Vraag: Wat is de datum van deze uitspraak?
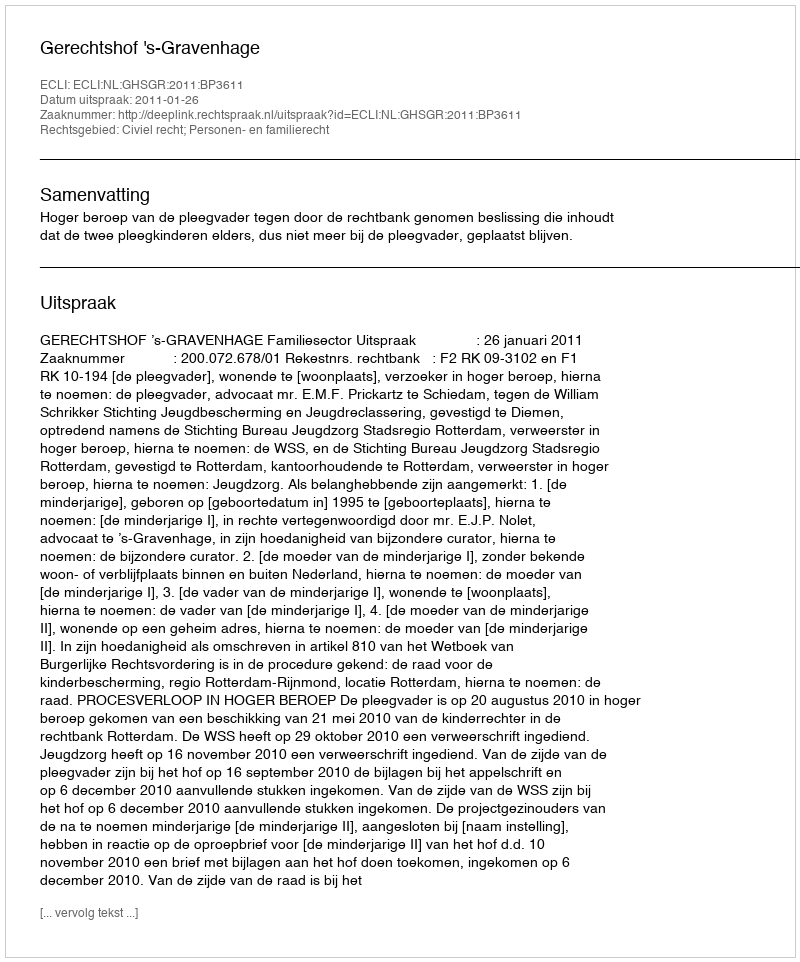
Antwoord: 2011-01-26